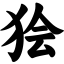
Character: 狯